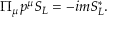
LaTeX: \Pi _ { \mu } p ^ { \mu } S _ { L } = - i m S _ { L } ^ { * } .